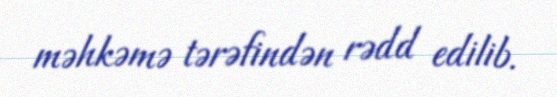
məhkəmə tərəfindən rədd edilib.